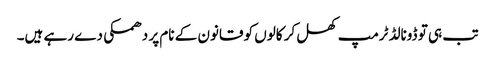
تب ہی تو ڈونالڈ ٹرمپ کھل کر کالوں کو قانون کے نام پر دھمکی دے رہے ہیں۔